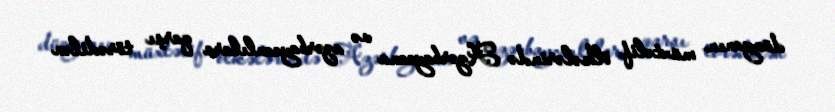
dünyanın müxtəlif ölkələrində Azərbaycana və azərbaycanlılara qarşı törədilən